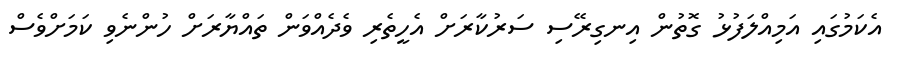
އެކަމުގައި އަމިއްލަފުޅު ގޮތުން އިނގިރޭސި ސަރުކާރަށް އެހީތެރި ވެދެއްވަން ތައްޔާރަށް ހުންނެވި ކަމަށްވެސް